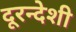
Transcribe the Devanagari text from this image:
दूरन्देशी